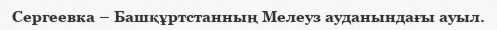
Сергеевка – Башқұртстанның Мелеуз ауданындағы ауыл.